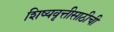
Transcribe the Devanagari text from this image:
शिष्यवृत्तीसाठीची